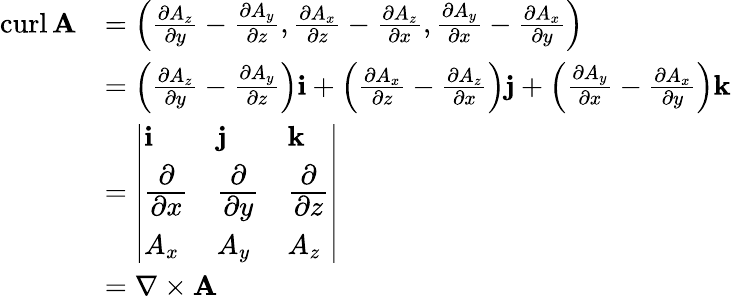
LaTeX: {\begin{array}{rl}{\operatorname{curl}\mathbf{A}}&{=\left({\frac{\partial A_{z}}{\partial y}}-{\frac{\partial A_{y}}{\partial z}},{\frac{\partial A_{x}}{\partial z}}-{\frac{\partial A_{z}}{\partial x}},{\frac{\partial A_{y}}{\partial x}}-{\frac{\partial A_{x}}{\partial y}}\right)}\\ &{=\left({\frac{\partial A_{z}}{\partial y}}-{\frac{\partial A_{y}}{\partial z}}\right)\mathbf{i}+\left({\frac{\partial A_{x}}{\partial z}}-{\frac{\partial A_{z}}{\partial x}}\right)\mathbf{j}+\left({\frac{\partial A_{y}}{\partial x}}-{\frac{\partial A_{x}}{\partial y}}\right)\mathbf{k}}\\ &{={\left|\begin{array}{lll}{\mathbf{i}}&{\mathbf{j}}&{\mathbf{k}}\\ {{\cfrac{\partial}{\partial x}}}&{{\cfrac{\partial}{\partial y}}}&{{\cfrac{\partial}{\partial z}}}\\ {A_{x}}&{A_{y}}&{A_{z}}\end{array}\right|}}\\ &{=\nabla\times\mathbf{A}}\end{array}}